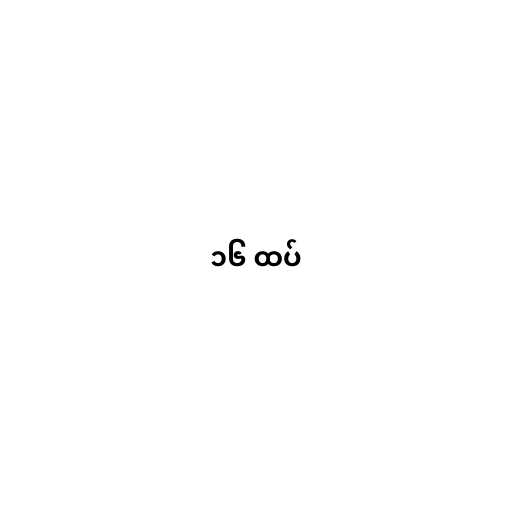
၁၆ ထပ်